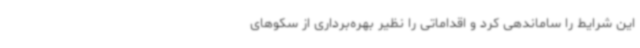
این شرایط را ساماندهی کرد و اقداماتی را نظیر بهره‌برداری از سکوهای